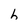
Character: h